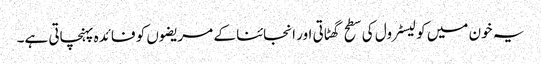
یہ خون میں کولیسٹرول کی سطح گھٹاتی اور انجائنا کے مریضوں کو فائدہ پہنچاتی ہے۔